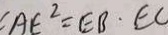
A E ^ { 2 } = E B \cdot E C